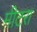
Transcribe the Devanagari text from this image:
मीटरा